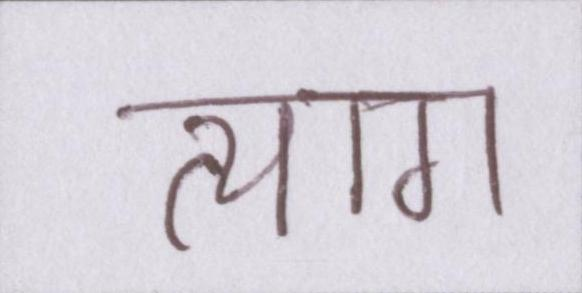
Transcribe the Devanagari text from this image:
त्याग